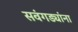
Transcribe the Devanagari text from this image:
सवंगड्यांना